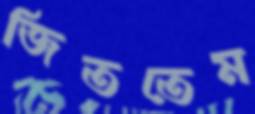
জিততেম